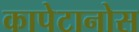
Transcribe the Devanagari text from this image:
कापेटानोस